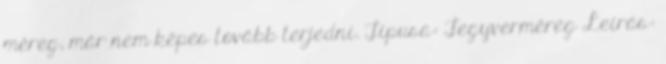
méreg, már nem képes tovább terjedni. Típusa: Fegyverméreg Leírás: